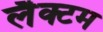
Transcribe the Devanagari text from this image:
लैक्टम